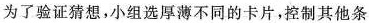
为了验证猜想，小组选厚薄不同的卡片，控制其他条